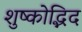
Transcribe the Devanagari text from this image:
शुष्कोद्भिद